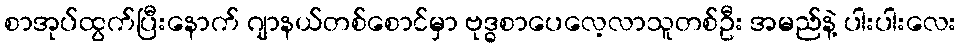
စာအုပ်ထွက်ပြီးနောက် ဂျာနယ်တစ်စောင်မှာ ဗုဒ္ဓစာပေလေ့လာသူတစ်ဦး အမည်နဲ့ ပါးပါးလေး